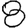
Digit: 8